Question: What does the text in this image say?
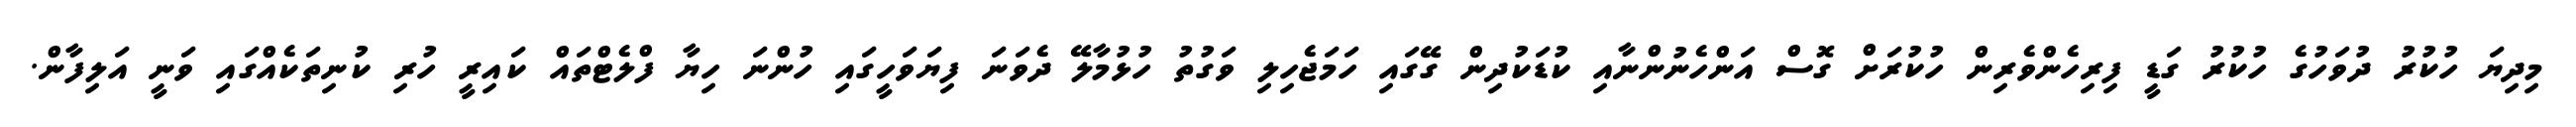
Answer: މިދިޔަ ހުކުރު ދުވަހުގެ ހުކުރު ގަޑީ ފިރިހެންވެރިން ހުކުރަށް ގޮސް އަންހެނުންނާއި ކުޑަކުދިން ގޭގައި ހަމަޖެހިލި ވަގުތު ހުޅުމާލޭ ދެވަނަ ފިޔަވަހީގައި ހުންނަ ހިޔާ ފްލެޓްތައް ކައިރީ ހުރި ކުނިތަކެއްގައި ވަނީ އަލިފާން.